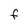
Character: f